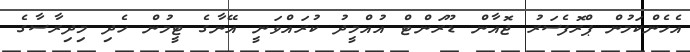
އެހެންކަމުން ޕްރޮފެސަރު ޖޮއާން ޑޫރަންޓް އުއްމީދު ކުރައްވަނީ އޭނާގެ ޓީމުން ހެދި މިދިރާސާގެ